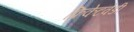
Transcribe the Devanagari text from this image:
क्रिकेटवेडी